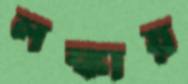
লঙ্কায়